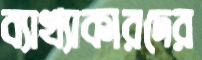
ব্যাখ্যাকারদের